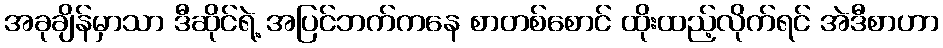
အခုချိန်မှာသာ ဒီဆိုင်ရဲ့ အပြင်ဘက်ကနေ စာတစ်စောင် ထိုးထည့်လိုက်ရင် အဲဒီစာဟာ